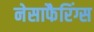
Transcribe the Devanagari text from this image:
नेसाफैरिंग्स